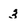
Character: 3